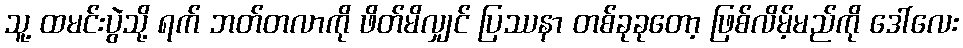
သူ့ ထမင်းပွဲသို့ ရက် ဘတ်တလာကို ဖိတ်မိလျှင် ပြဿနာ တစ်ခုခုတော့ ဖြစ်လိမ့်မည်ကို ဒေါ်လေး